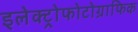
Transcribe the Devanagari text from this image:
इलेक्ट्रोफोटोग्राफिक